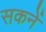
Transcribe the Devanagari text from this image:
सकनें